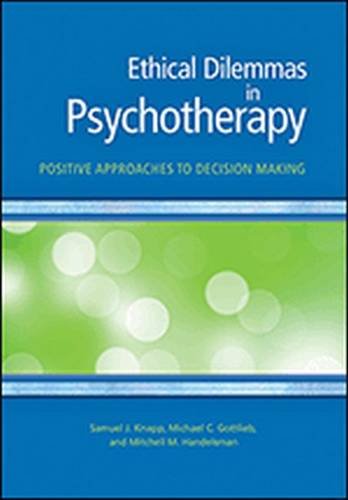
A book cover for Ethical Dilemmas in Psychotherapy: Positive Approaches to Decision Making; Samuel J. Knapp; Law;